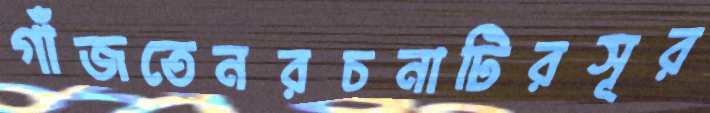
গাঁজতেনরচনাটিরসূর